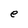
Character: e